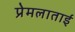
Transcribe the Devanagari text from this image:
प्रेमलाताई